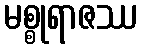
မစ္စုရာဇဿ